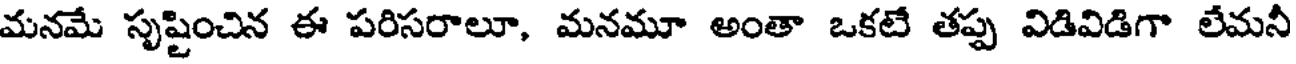
మనమే సృష్టించిన ఈ పరిసరాలూ, మనమూ అంతా ఒకటే తప్ప విడివిడిగా లేమనీ